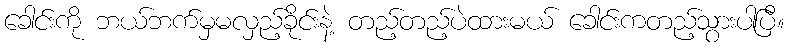
ခေါင်းကို ဘယ်ဘက်မှမလှည့်ခိုင်းနဲ့ တည့်တည့်ပဲထားမယ် ခေါင်းကတည့်သွားပါပြီ။